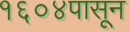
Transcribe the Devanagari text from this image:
१६०४पासून